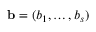
\mathbf { b } = ( b _ { 1 } , \dots , b _ { s } )